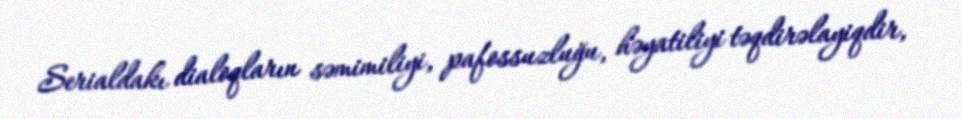
Serialdakı dialoqların səmimiliyi, pafossuzluğu, həyatiliyi təqdirəlayiqdir,